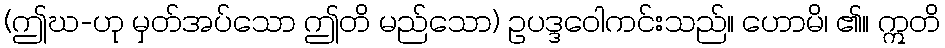
(ဤဃ-ဟု မှတ်အပ်သော ဤတိ မည်သော) ဥပဒ္ဒဝေါကင်းသည်။ ဟောမိ၊ ၏။ ဣတိ